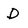
Character: D